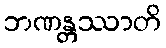
ဘဏန္တဿာတိ